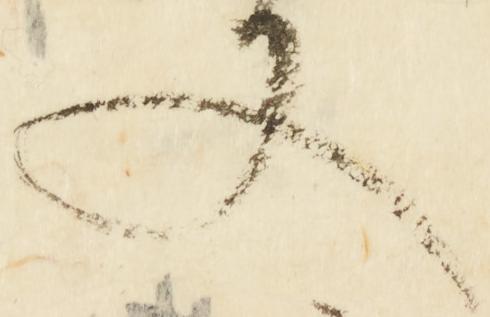
文